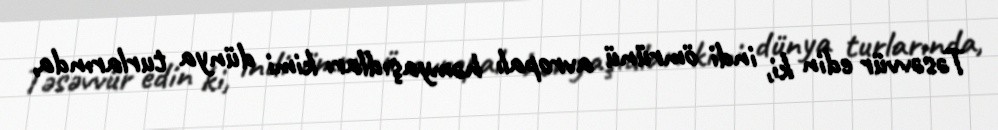
Təsəvvür edin ki, indi ömrünü avropalı həmyaşıdları kimi dünya turlarında,